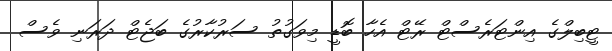
ޓީބިލްގެ އިންޓަރެސްޓް ރޭޓް އެހާ ބޮޑީ މިވަގުތު ސަރުކާރުގެ ބަޖެޓް ދަރަނި ވެސް